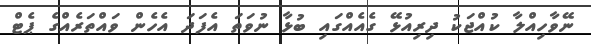
ނޭވާހިއްލާ ކުއްޖަކު ދިރިއުޅޭ ގެއެއްގައި ބުޅާ ނުވަތަ އެފަދަ އެހެން ވައްތަރެއްގެ ޕެޓް